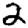
Digit: 2